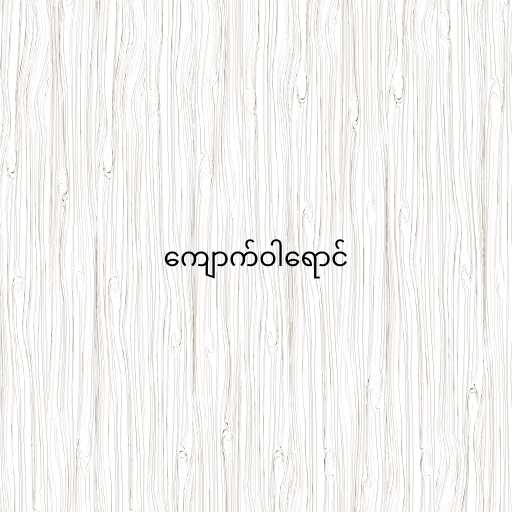
ကျောက်ဝါရောင်